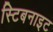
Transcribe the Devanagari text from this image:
स्टिबनाइट